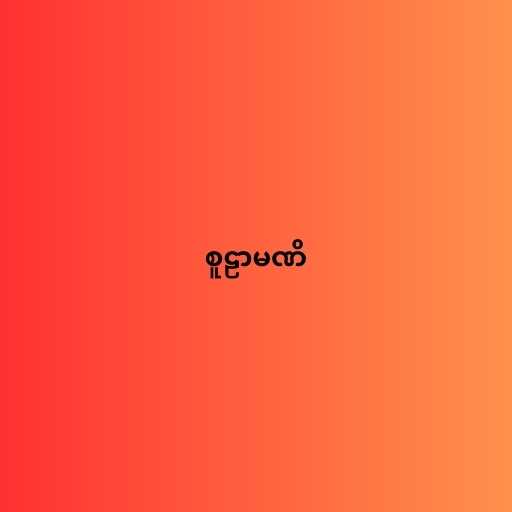
စူဠာမဏိ